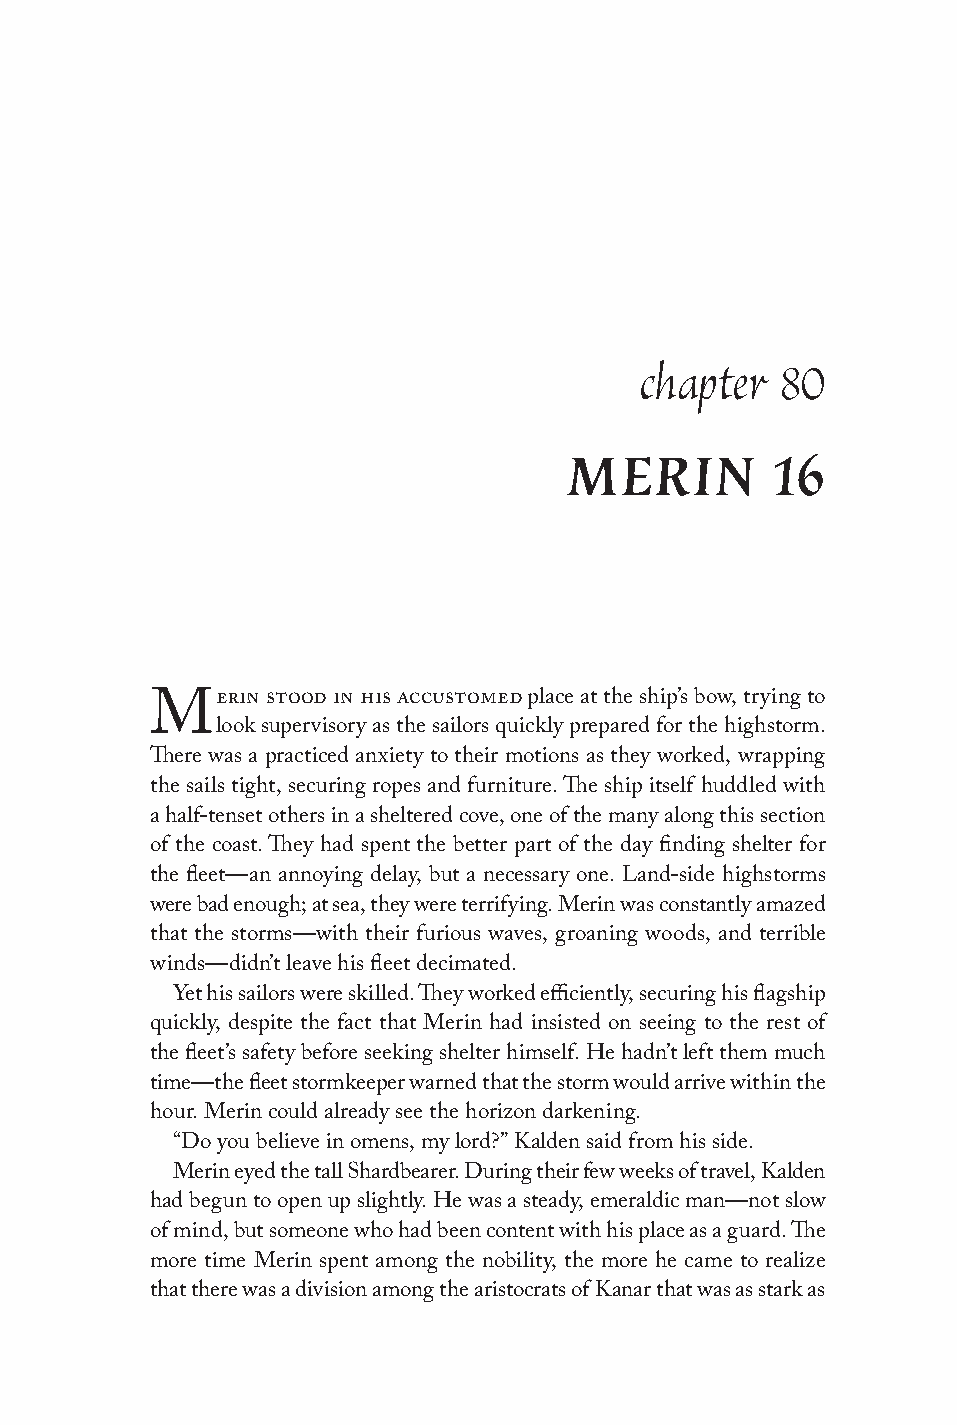
chapter   80
 MERIN         16
 erin stood in his accustomed place at the ship’s bow, trying to
 M
 look supervisory as the sailors quickly prepared for the highstorm.
 There was a practiced anxiety to their motions as they worked, wrapping
 the sails tight, securing ropes and furniture. The ship itself huddled with
 a half-tenset others in a sheltered cove, one of the many along this section
 of the coast. They had spent the better part of the day finding shelter for
 the fleet—an annoying delay, but a necessary one. Land-side highstorms
 were bad enough; at sea, they were terrifying. Merin was constantly amazed
 that the storms—with their furious waves, groaning woods, and terrible
 winds—didn’t leave his fleet decimated.
 Yet his sailors were skilled. They worked efficiently, securing his flagship
 quickly, despite the fact that Merin had insisted on seeing to the rest of
 the fleet’s safety before seeking shelter himself. He hadn’t left them much
 time—the fleet stormkeeper warned that the storm would arrive within the
 hour. Merin could already see the horizon darkening.
 “Do you believe in omens, my lord?” Kalden said from his side.
 Merin eyed the tall Shardbearer. During their few weeks of travel, Kalden
 had begun to open up slightly. He was a steady, emeraldic man—not slow
 of mind, but someone who had been content with his place as a guard. The
 more time Merin spent among the nobility, the more he came to realize
 that there was a division among the aristocrats of Kanar that was as stark as